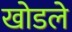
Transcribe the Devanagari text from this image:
खोडले